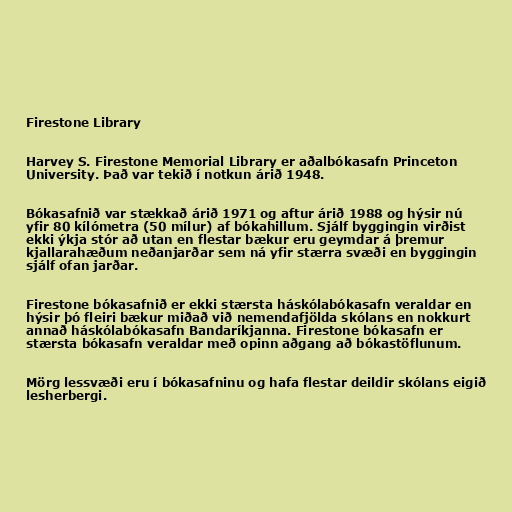
Firestone Library

Harvey S. Firestone Memorial Library er aðalbókasafn Princeton
University. Það var tekið í notkun árið 1948.

Bókasafnið var stækkað árið 1971 og aftur árið 1988 og hýsir nú
yfir 80 kílómetra (50 mílur) af bókahillum. Sjálf byggingin virðist
ekki ýkja stór að utan en flestar bækur eru geymdar á þremur
kjallarahæðum neðanjarðar sem ná yfir stærra svæði en byggingin
sjálf ofan jarðar.

Firestone bókasafnið er ekki stærsta háskólabókasafn veraldar en
hýsir þó fleiri bækur miðað við nemendafjölda skólans en nokkurt
annað háskólabókasafn Bandaríkjanna. Firestone bókasafn er
stærsta bókasafn veraldar með opinn aðgang að bókastöflunum.

Mörg lessvæði eru í bókasafninu og hafa flestar deildir skólans eigið
lesherbergi.